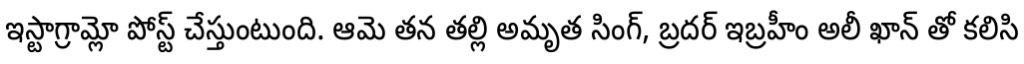
ఇస్టాగ్రామ్లో పోస్ట్ చేస్తుంటుంది. ఆమె తన తల్లి అమృత సింగ్, బ్రదర్ ఇబ్రహీం అలీ ఖాన్ తో కలిసి